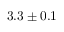
3 . 3 \pm 0 . 1